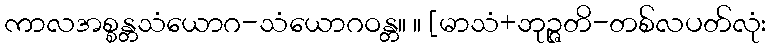
ကာလအစ္စန္တသံယောဂ-သံယောဂဝန္တ။ ။ [မာသံ+ဘုဉ္ဇတိ-တစ်လပတ်လုံး